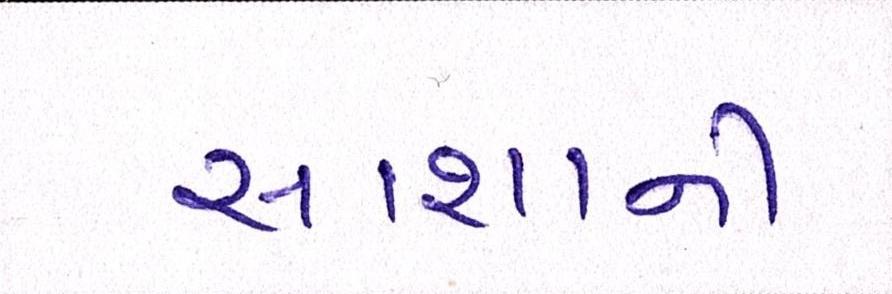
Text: સાશાની